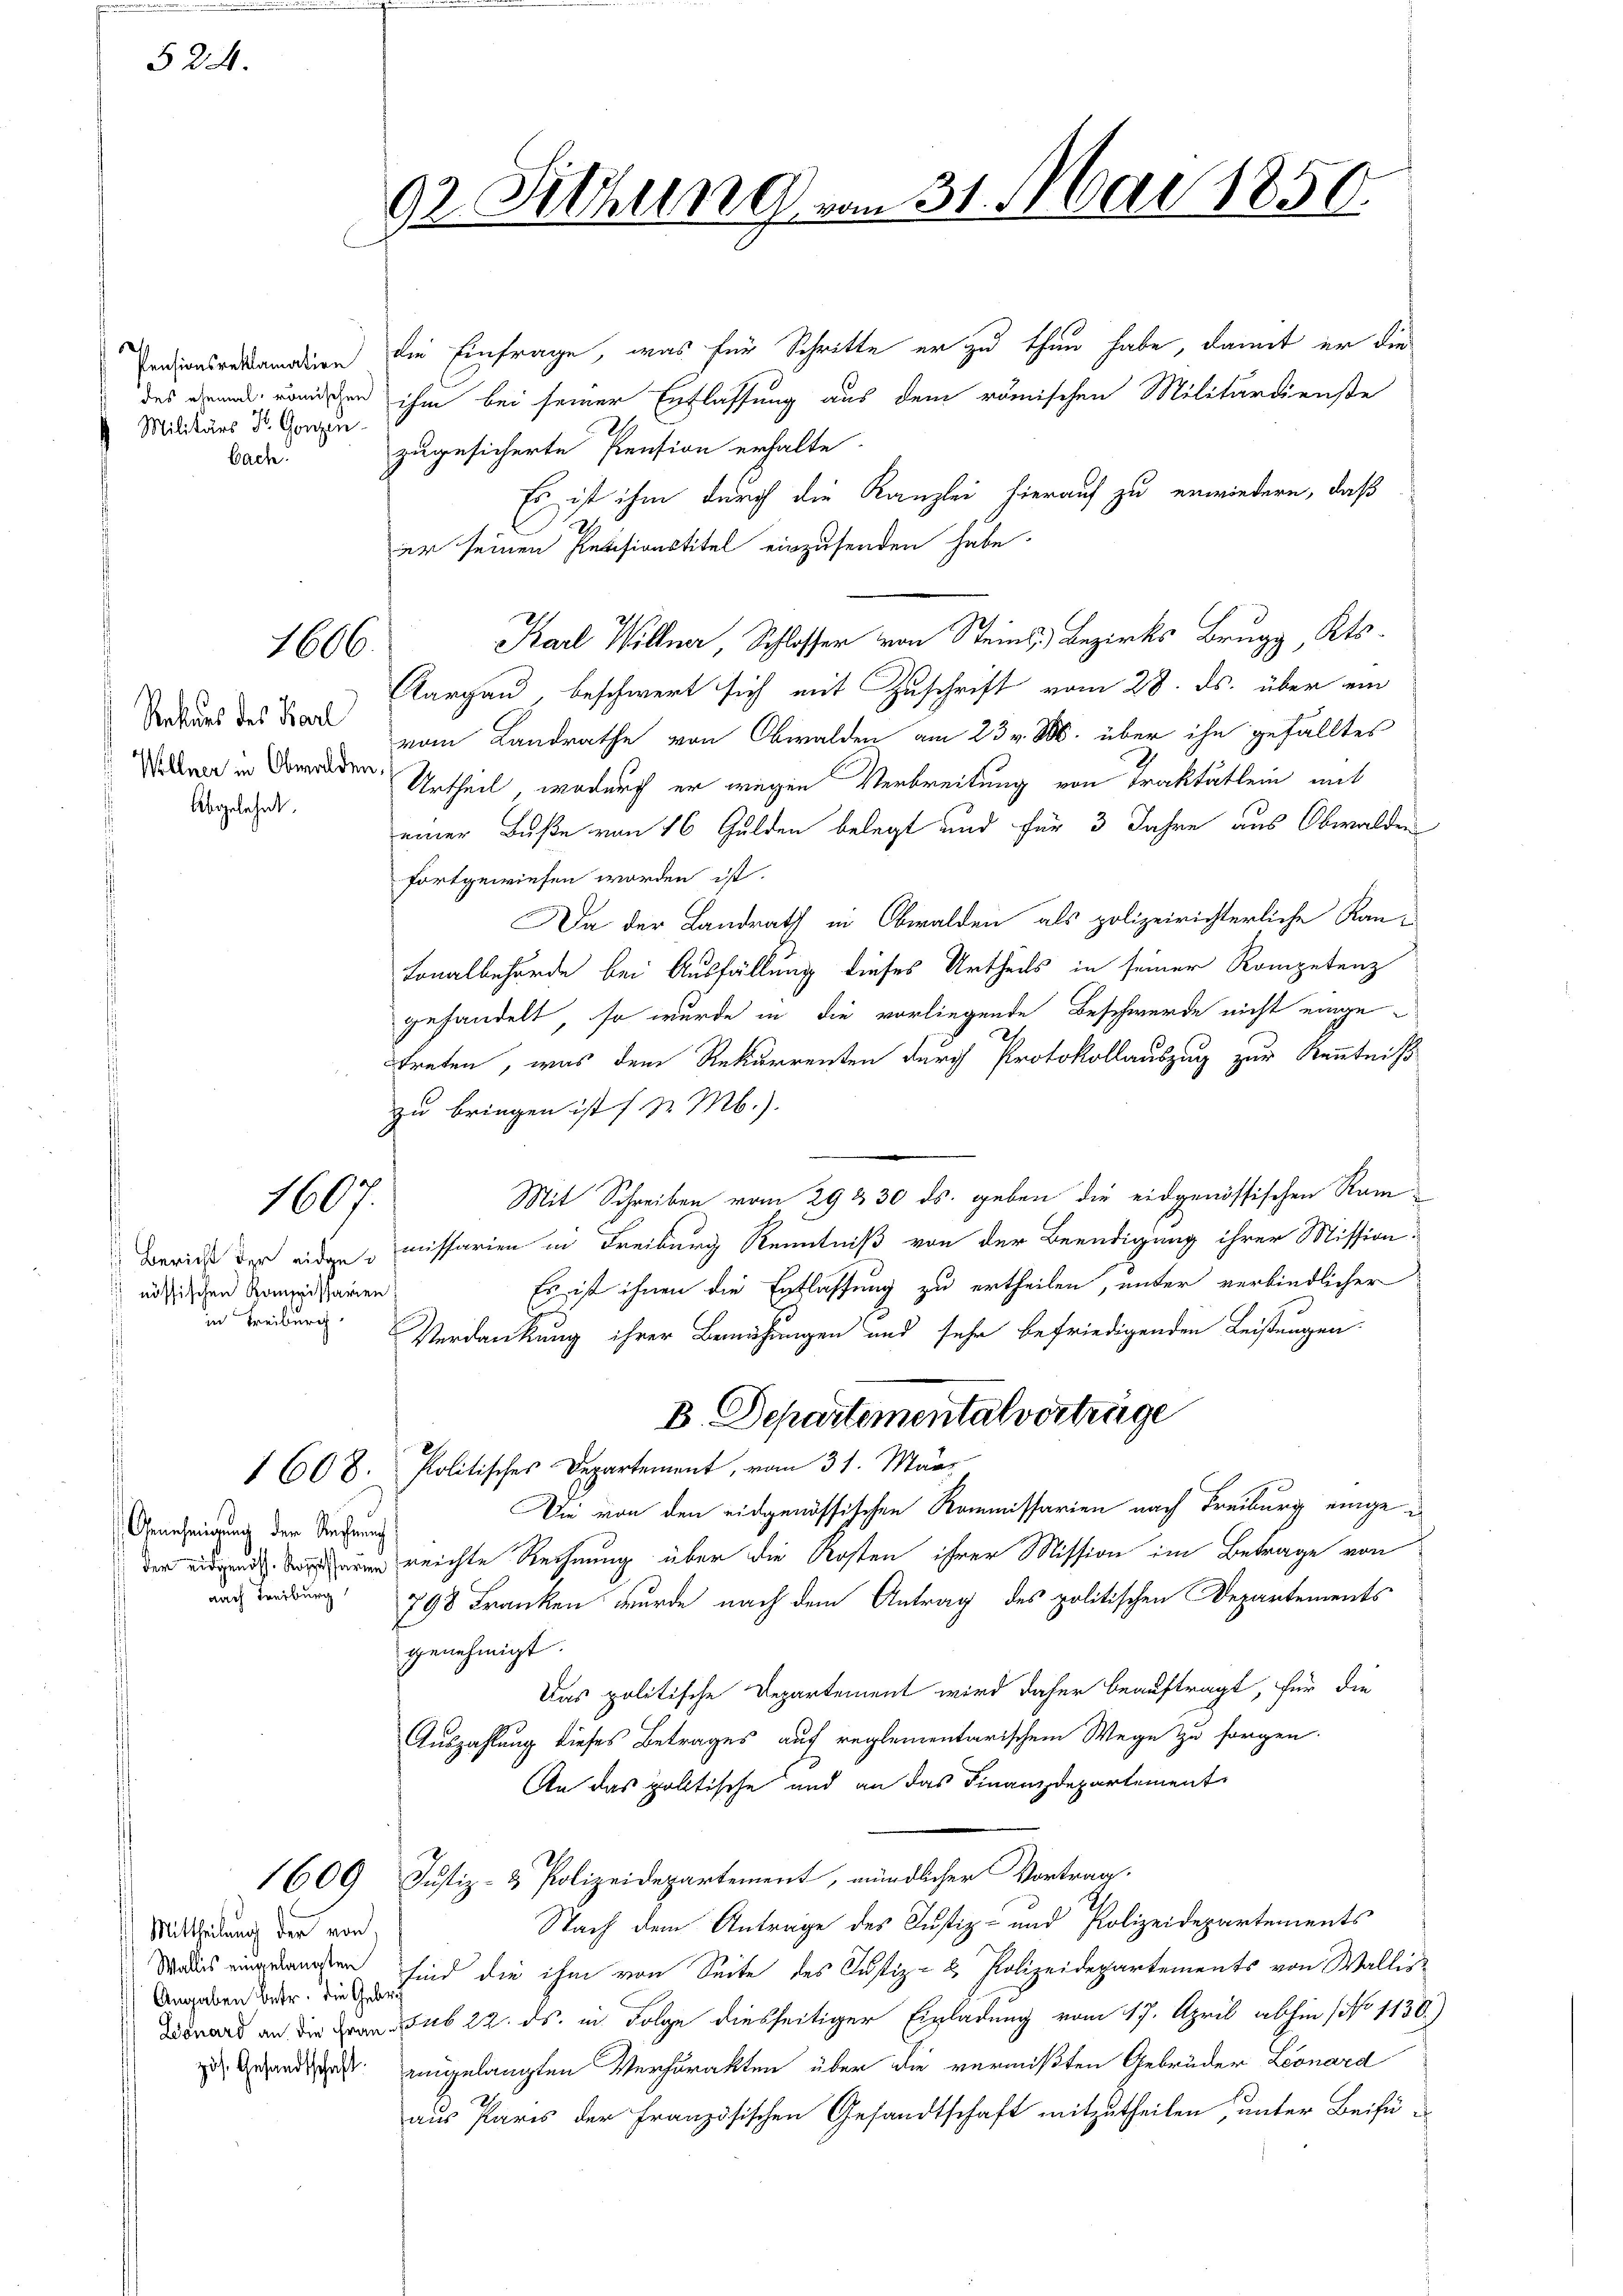
§ 24.

Pensionsreklamation
Militärs Dr. Gonzen
bach.

Rekurs des Karl
Wellner in Obwalden

Abgelehnt.

1606.

1607.

nössischen Kompissarien!
in Freiburg,

Genehmigung der Rechnung
nach Treiburg

Mittheilung der von
Angaben betr. die Gebra

92. Sitzung vom 31. Mai 1850.

die Einfrage, was für Schritte er zu thun habe, damit er die
des druck, römischen ihm bei seiner Entlassung aus dem römischen Militärdienste
2
zugesicherte Pension erhalte
Es ist ihm durch die Kanzlei hierauf zu erwiedern, daß
2
er seinen Revisionstitel einzusenden habe.
Karl Willer, Schlosser von Steins Bezirks Brugg, Kts.
Aargau, beschwert sich mit Zuschrift vom 28. ds. über ein
vom Landrathe von Obwalden am 23. v. M. über ihn gefälltes
Urtheil, wodurch er wegen Verbreitung von Traktätlein mit
einer Buße von 16 Gulden belegt und für 3 Jahre aus Obwalden
fortgewiesen worden ist.
Da der Landrath in Obwalden als polizeirichterliche Kan¬
Lonalbehörde bei Ausfällung dieses Urtheils in seiner Kompetenz
gehandelt, so wurde in die vorliegende Beschwerde nicht eingetreten, was dem Rekurrenten durch Protokollauszug zur Kenntniß
zu bringen ist (d. M.).
Mit Schreiben vom 29 330. ds. geben die eidgenössischen Ram¬
Bericht der eiden missarien in Freiburg Kenntniß von der Beendigung ihrer Mission
Es ist ihnen die Erflassung zu ertheilen, unter verbindlicher
Verdankung ihrer Bemühungen und sehr befriedigenden Leistungen.
B. Departementalvertrüge
1 608. Politisches Departement, vom 31. März
Die von den eidgenössischen Kommissarien nach Freiburg eingeder eidgen. Deren reichte Rechnung über die Kosten ihrer Mission im Betrage von
798 Franken wurde nach dem Antrag des politischen Departements
genehmigt.
Das politische Departement wird daher beauftragt, für die
Auszahlung dieses Betrages auf reglementarischem Wege zu sorgen.
An das politische und an das Finanzdepartement
1609 Justiz- & Polizeidepartement, mündlicher Vortrag.
Nach dem Antrage des Justiz- und Polizeidepartements
da das eingelangten sind die ihm von Seite des Justiz- & Polizeidepartements von Wallisward an die an sub 22. ds. in Folge diesseitiger Einladung vom 17. April abhin (No 1130.)
zu Gesandschaft eingelangten Verharakten über die vermißten Gebrüder Leonard
aus Paris der Französischen Gesandtschaft mitzutheilen, unter Beifü¬